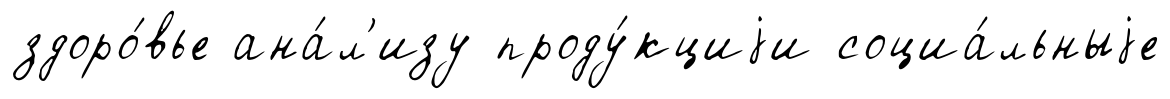
здоро́вье ана́л'изу проду́кциjи социа́льныjе